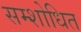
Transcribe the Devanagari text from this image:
सम्शोधित